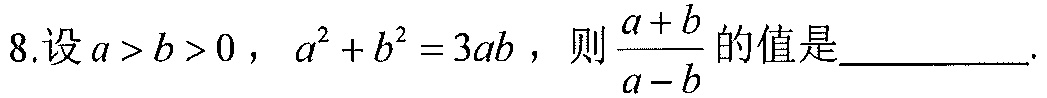
8.设\(a > b > 0\)，\(a^{2}+b^{2}=3ab\)，则\(\frac{a + b}{a - b}\)的值是  ．